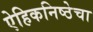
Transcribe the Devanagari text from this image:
ऐहिकनिष्ठेचा